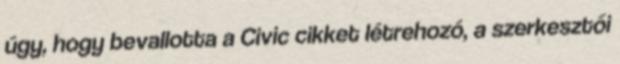
úgy, hogy bevallotta a Civic cikket létrehozó, a szerkesztői